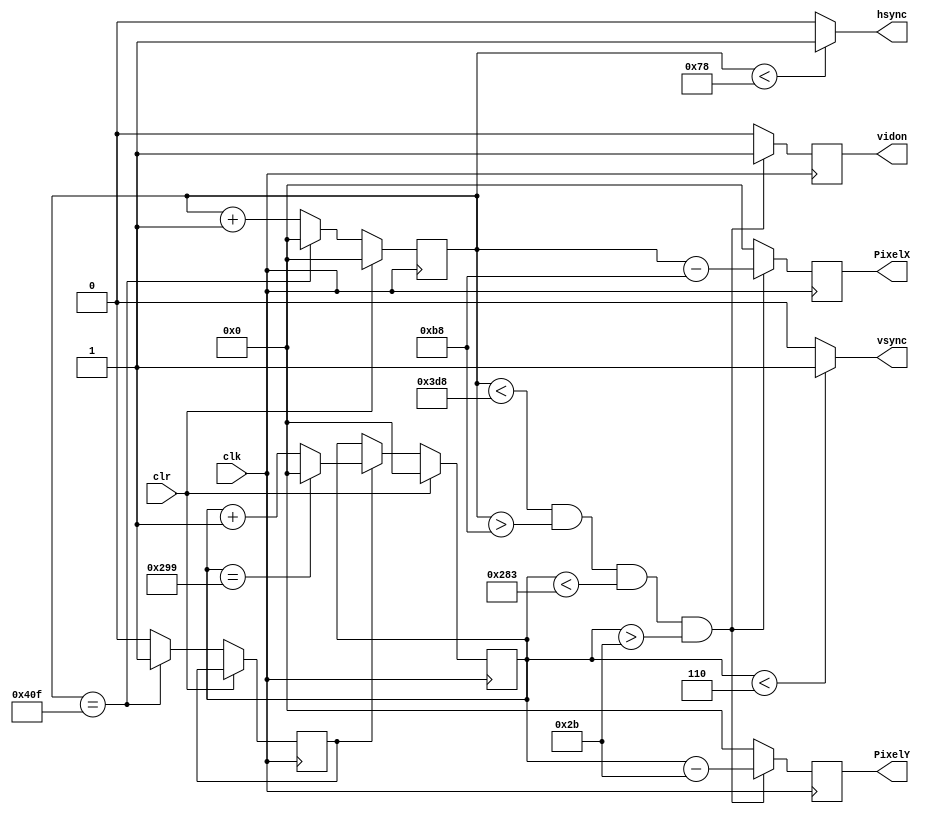

module vga_800x600(input wire clk,
input wire clr,
output reg hsync,
output reg vsync,
output reg [10:0] PixelX,
output reg [10:0] PixelY,
output reg vidon
    );


parameter TotalHorizontalPixels = 11'd1040;
parameter HorizontalSyncWidth = 11'd120;
parameter VerticalSyncWidth = 11'd6;

parameter TotalVerticalLines = 11'd666;
parameter HorizontalBackPorchTime = 11'd184 ;
parameter HorizontalFrontPorchTime = 11'd984 ;
parameter VerticalBackPorchTime = 11'd43 ;
parameter VerticalFrontPorchTime = 11'd643;

reg VerticalSyncEnable;

reg [10:0] HorizontalCounter;
reg [10:0] VerticalCounter;

//Counter for the horizontal sync signal
always @(posedge clk)
begin
	if(clr == 1)
		HorizontalCounter <= 0;
	else
		begin
			if(HorizontalCounter == TotalHorizontalPixels - 1)
				begin //the counter has hreached the end of a horizontal line
					HorizontalCounter<=0;
					VerticalSyncEnable <= 1;
				end
			else
				begin 
					HorizontalCounter<=HorizontalCounter+1; 
					VerticalSyncEnable <=0;
				end
		end
end

//Generate the hsync pulse
//Horizontal Sync is low when HorizontalCounter is 0-127

always @(*)
begin
	if((HorizontalCounter<HorizontalSyncWidth))
		hsync = 1;
	else
		hsync = 0;
end

//Counter for the vertical sync

always @(posedge clk)
begin
	if(clr == 1)
		VerticalCounter<=0;
	else
	begin
		if(VerticalSyncEnable == 1)
			begin
				if(VerticalCounter==TotalVerticalLines-1)
					VerticalCounter<=0;
				else
					VerticalCounter<=VerticalCounter+1;
			end
	end
end

//generate the vsync pulse
always @(*)
begin
	if(VerticalCounter < VerticalSyncWidth)
		vsync = 1;
	else
		vsync = 0;
end

always @(posedge clk)
begin
	if((HorizontalCounter<HorizontalFrontPorchTime) && (HorizontalCounter>HorizontalBackPorchTime) && (VerticalCounter<VerticalFrontPorchTime) && (VerticalCounter>VerticalBackPorchTime))
		begin
			vidon <= 1;
			PixelX<= HorizontalCounter - HorizontalBackPorchTime;
			PixelY<= VerticalCounter - VerticalBackPorchTime;
		end
	else
		begin
			vidon <= 0;
			PixelX<=0;
			PixelY<=0;
		end
end

endmodule